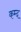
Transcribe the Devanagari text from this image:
कम्द